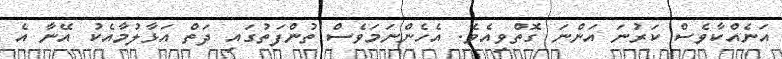
އަނެއްކާވެސް ކަރުނަ އަންނަ ގޮތްވިއެވެ. އެހެންނަމަވެސް ތުންފަތުގައި ދަތް އަޅާލުމާއެކު އޭނާ އެ